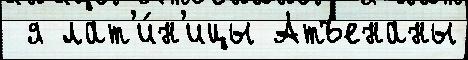
 я лат'и́н'ицы Атъенаны